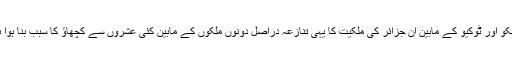
ماسکو اور ٹوکیو کے مابین ان جزائر کی ملکیت کا یہی تنازعہ دراصل دونوں ملکوں کے مابین کئی عشروں سے کچھاؤ کا سبب بنا ہوا ہے۔